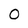
Character: 0